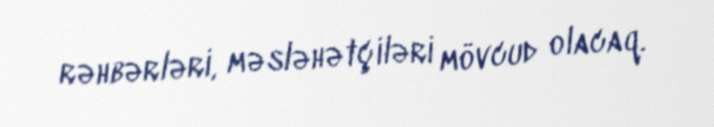
rəhbərləri, məsləhətçiləri mövcud olacaq.